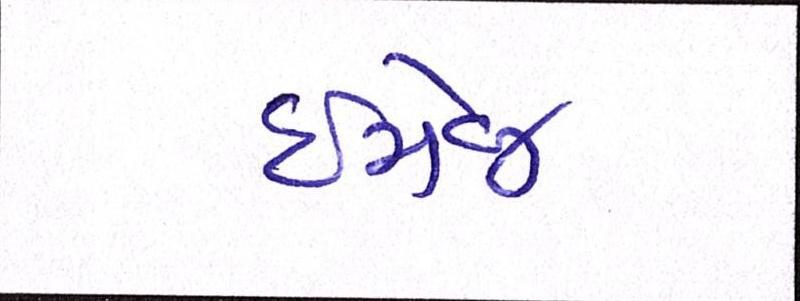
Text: ઇમેજ